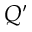
Q ^ { \prime }